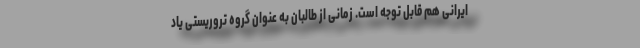
ایرانی هم قابل توجه است. زمانی از طالبان به عنوان گروه تروریستی یاد